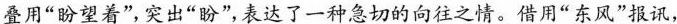
叠用“盼望着”,突出“盼”,表达了一和急切的向往之情。借用“东风”报讯，